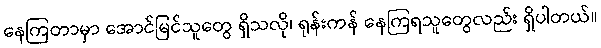
နေကြတာမှာ အောင်မြင်သူတွေ ရှိသလို၊ ရုန်းကန် နေကြရသူတွေလည်း ရှိပါတယ်။